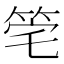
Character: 𥭌